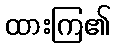
ထားကြ၏